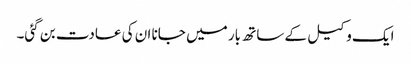
ایک وکیل کے ساتھ بار میں جانا ان کی عادت بن گئی۔